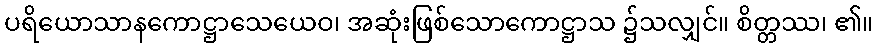
ပရိယောသာနကောဋ္ဌာသေယေဝ၊ အဆုံးဖြစ်သောကောဋ္ဌာသ ၌သလျှင်။ စိတ္တဿ၊ ၏။